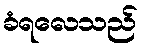
ခံရလေသည်